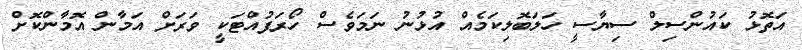
އަތޮޅު ކައުންސިލް ސިޔާސީ ހަލަބޮލިކަމެއް އުޅުނު ނަމަވެސް ހޯރަފުއްޓަކީ ވަރަށް އަމާން އޮމާންކޮށް